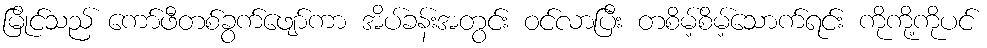
မြိုင်သည် ကော်ဖီတစ်ခွက်ဖျော်ကာ အိပ်ခန်းအတွင်း ဝင်လာပြီး တစိမ့်စိမ့်သောက်ရင်း ကိုကို့ကိုပင်